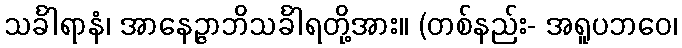
သင်္ခါရာနံ၊ အာနေဉ္ဇာဘိသင်္ခါရတို့အား။ (တစ်နည်း- အရူပဘဝေ၊